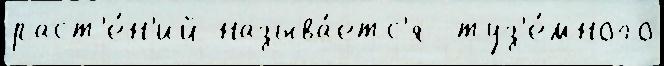
раст'е́н'ий называ́етс'я  туз'е́много